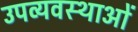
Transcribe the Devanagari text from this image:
उपव्यवस्थाओं